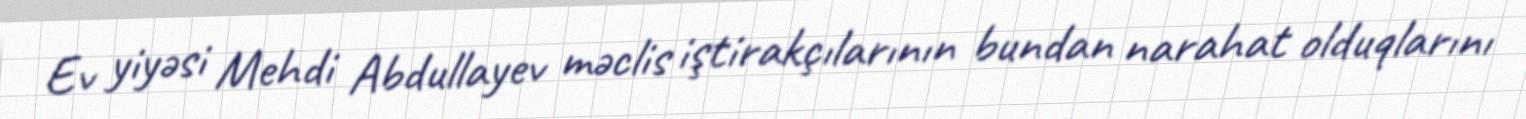
Ev yiyəsi Mehdi Abdullayev məclis iştirakçılarının bundan narahat olduqlarını